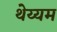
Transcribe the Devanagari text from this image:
थेय्यम